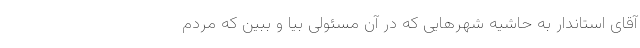
آقای استاندار به حاشیه شهرهایی که در آن مسئولی بیا و ببین که مردم